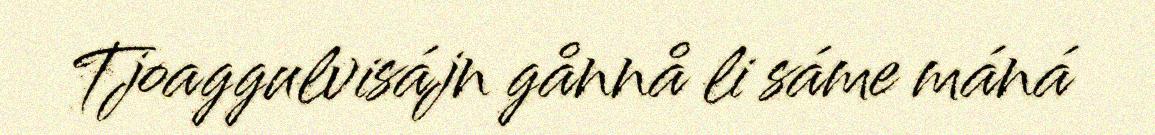
Tjoaggulvisájn gånnå li sáme máná